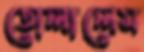
তোলালেম